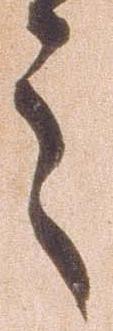
之